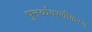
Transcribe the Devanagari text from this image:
पुनर्व्यवस्थीकरण